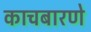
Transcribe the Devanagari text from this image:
काचबारणे